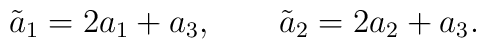
\tilde a_1 = 2a_1+a_3,\qquad \tilde a_2 = 2a_2+a_3.